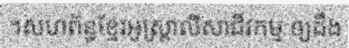
។សហព័ន្ធខ្មែរអូស្ត្រាលីសាជីវកម្ម ឲ្យដឹង